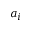
a _ { i }